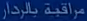
مراقبة-بالدار